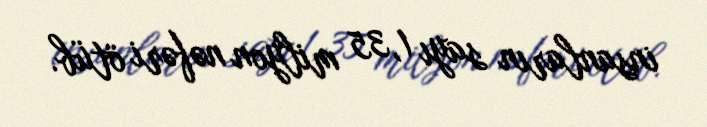
insanların sayı 1,35 milyon nəfəri ötüb.